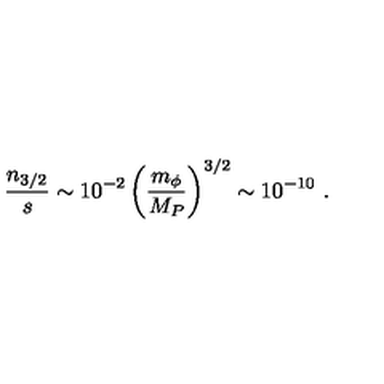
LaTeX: { \frac { n _ { 3 / 2 } } { s } } \sim 1 0 ^ { - 2 } \left( { \frac { m _ { \phi } } { M _ { P } } } \right) ^ { 3 / 2 } \sim 1 0 ^ { - 1 0 } \ .